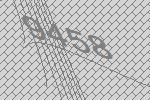
9458